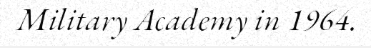
Military Academy in 1964.